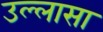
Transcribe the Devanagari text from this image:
उल्लासा